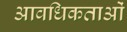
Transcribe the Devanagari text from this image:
आवधिकताओं